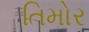
તિમોર